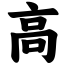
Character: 高